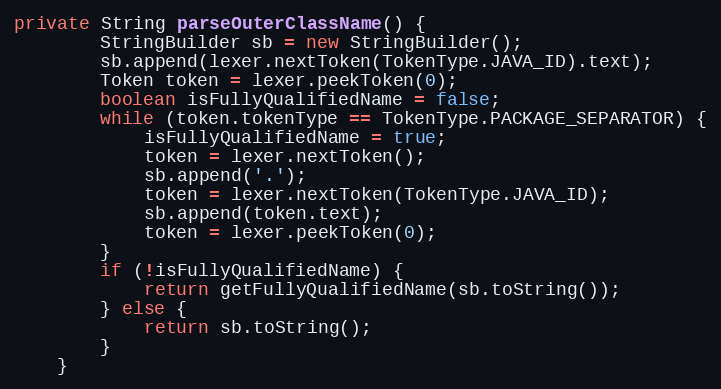
Language: Java
private String parseOuterClassName() {
		StringBuilder sb = new StringBuilder();
		sb.append(lexer.nextToken(TokenType.JAVA_ID).text);
		Token token = lexer.peekToken(0);
		boolean isFullyQualifiedName = false;
		while (token.tokenType == TokenType.PACKAGE_SEPARATOR) {
			isFullyQualifiedName = true;
			token = lexer.nextToken();
			sb.append('.');
			token = lexer.nextToken(TokenType.JAVA_ID);
			sb.append(token.text);
			token = lexer.peekToken(0);
		}
		if (!isFullyQualifiedName) {
			return getFullyQualifiedName(sb.toString());
		} else {
			return sb.toString();
		}
	}